Report of the Indian Hemp Drugs Commission, 1894-1895 - Volume VI
Year: 1894
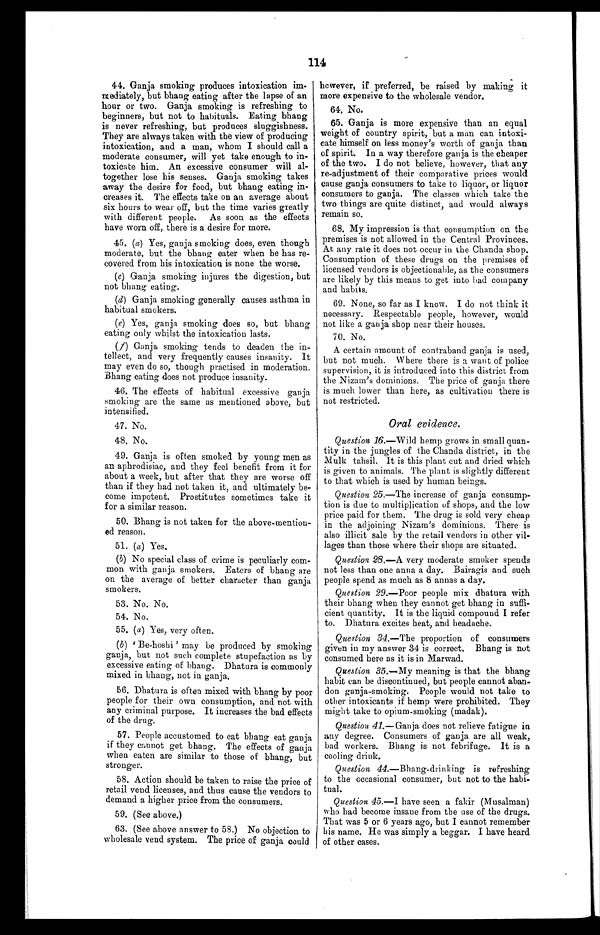
114
44. Ganja smoking produces intoxication im
- m e d i a t e l y , b u t b h a n g e a t i n g a f t e r t h e l a p s e o f a n
hour or two. Ganja smoking is refreshing to
beginners, but not to habituals. Eating bhang
is never refreshing, but produces sluggishness.
They are always taken with the view of producing
intoxication, and a man, whom I should call a
moderate consumer, will yet take enough to in
-toxicate him. An excessive consumer will al
- t o g e t h e r l o s e h i s s e n s e s . G a n j a s m o k i n g t a k e s
away the desire for food, but bhang eating in
- c r e a s e s i t . T h e e f f e c t s t a k e o n a n a v e r a g e a b o u t
six hours to wear off, but the time varies greatly
with different people. As soon as the effects
have worn off, there is a desire for more.
45. (a) Yes, ganja smoking does, even though
moderate, but the bhang eater when he has re
- c o v e r e d f r o m h i s i n t o x i c a t i o n i s n o n e t h e w o r s e .
(c) Ganja smoking injures the digestion, but
not bhang eating.
(d) Ganja smoking generally causes asthma in
habitual smokers.
(e) Yes, ganja smoking does so, but bhang
eating only whilst the intoxication lasts.
(f) Ganja smoking tends to deaden the in
- t e l l e c t , a n d v e r y f r e q u e n t l y c a u s e s i n s a n i t y . I t
may even do so, though practised in moderation.
Bhang eating does not produce insanity.
46. The effects of habitual excessive ganja
smoking are the same as mentioned above, but
intensified.
47. No.
48. No.
49. Ganja is often smoked by young men as
an aphrodisiac, and they feel benefit from it for
about a week, but after that they are worse off
than if they had not taken it, and ultimately be
- c o m e i m p o t e n t . P r o s t i t u t e s s o m e t i m e s t a k e i t
for a similar reason.
50. Bhang is not taken for the above-mention
- e d r e a s o n .
51. (a) Yes.
(b) No special class of crime is peculiarly com
-mon with ganja smokers. Eaters of bhang are
on the average of better character than ganja
smokers.
53. No. No.
54. No.
55. ( a) Yes, very often.
( b ) 'B e - h o s h i ' m a y b e p r o d u c e d b y s m o k i n g
ganja, but not such complete stupefaction as by
excessive eating of bhang. Dhatura is commonly
mixed in bhang, not in ganja.
56. Dhatura is often mixed with bhang by poor
people for their own consumption, and not with
any criminal purpose. It increases the bad effects
of the drug.
57. People accustomed to eat bhang eat ganja
if they cannot get bhang. The effects of ganja
when eaten are similar to those of bhang, but
stronger.
58. Action should be taken to raise the price of
retail vend licenses, and thus cause the vendors to
demand a higher price from the consumers.
59. (See above.)
63. (See above answer to 58.) No objection to
wholesale vend system. The price of ganja could
however, if preferred, be raised by making it
more expensive to the wholesale vendor.
64. No.
65. Ganja is more expensive than an equal
weight of country spirit, but a man can intoxi
- c a t e h i m s e l f o n l e s s m o n e y ' s w o r t h o f g a n j a t h a n
of spirit. In a way therefore ganja is the cheaper
of the two. I do not believe, however, that any
re-adjustment of their comparative prices would
cause ganja consumers to take to liquor, or liquor
consumers to ganja. The classes which take the
two things are quite distinct, and would always
remain so.
68. My impression is that consumption on the
premises is not allowed in the Central Provinces.
At any rate it does not occur in the Chanda shop.
Consumption of these drugs on the premises of
licensed vendors is objectionable, as the consumers
are likely by this means to get into bad company
and habits.
69. None, so far as I know. I do not think it
necessary. Respectable people, however, would
not like a ganja shop near their houses.
70. No.
A certain amount of contraband ganja is used,
but not much. Where there is a want of police
supervision, it is introduced into this district from
the Nizam's dominions. The price of ganja there
is much lower than here, as cultivation there is
not restricted.
Oral evidence.
Question 16.—Wild hemp grows in small quan
- t i t y i n t h e j u n g l e s o f t h e C h a n d a d i s t r i c t , i n t h e
Mulk tahsil. It is this plant cut and dried which
is given to animals. The plant is slightly different
to that which is used by human beings.
Question 25.—The increase of ganja consump
- t i o n i s d u e t o m u l t i p l i c a t i o n o f s h o p s , a n d t h e l o w
price paid for them. The drug is sold very cheap
in the adjoining Nizam's dominions. There is
also illicit sale by the retail vendors in other vil
- l a g e s t h a n t h o s e w h e r e t h e i r s h o p s a r e s i t u a t e d .
Question 28.—A very moderate smoker spends
not less than one anna a day. Bairagis and such
people spend as much as 8 annas a day.
Question 29 .—Poor people mix dhatura with
their bhang when they cannot get bhang in suffi
- c i e n t q u a n t i t y . I t i s t h e l i q u i d c o m p o u n d I r e f e r
to. Dhatura excites heat, and headache.
Question 34 .—The proportion of consumers
given in my answer 34 is correct. Bhang is not
consumed here as it is in Marwad.
Question 35 .—My meaning is that the bhang
habit can be discontinued, but people cannot aban
- d o n g a n j a - s m o k i n g . P e o p l e w o u l d n o t t a k e t o
other intoxicants if hemp were prohibited. They
might take to opium-smoking (madak).
Question 41.—Ganja does not relieve fatigue in
any degree. Consumers of ganja are all weak,
bad workers. Bhang is not febrifuge. It is a
cooling drink.
Question 44.—Bhang-drinking is refreshing
to the occasional consumer, but not to the habi
- t u a l .
Question 45 .—I have seen a fakir (Musalman)
who had become insane from the use of the drugs.
That was 5 or 6 years ago, but I cannot remember
his name. He was simply a beggar. I have heard
of other cases.